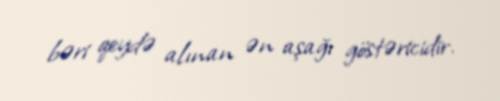
bəri qeydə alınan ən aşağı göstəricidir.